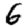
Digit: 6